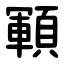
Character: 顐